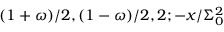
( 1 + \omega ) / 2 , ( 1 - \omega ) / 2 , 2 ; - x / \Sigma _ { 0 } ^ { 2 }